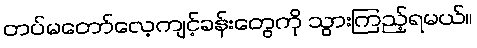
တပ်မတော်လေ့ကျင့်ခန်းတွေကို သွားကြည့်ရမယ်။